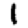
Digit: 1